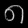
Digit: ၈